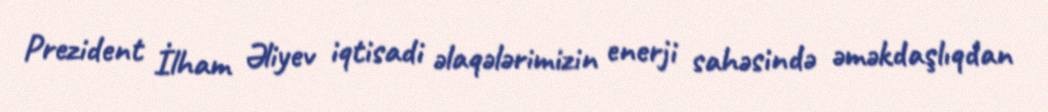
Prezident İlham Əliyev iqtisadi əlaqələrimizin enerji sahəsində əməkdaşlıqdan